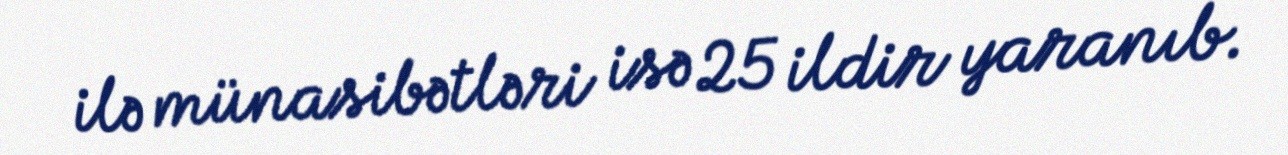
ilə münasibətləri isə 25 ildir yaranıb.